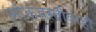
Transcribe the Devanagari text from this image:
लोकवस्तीवरही